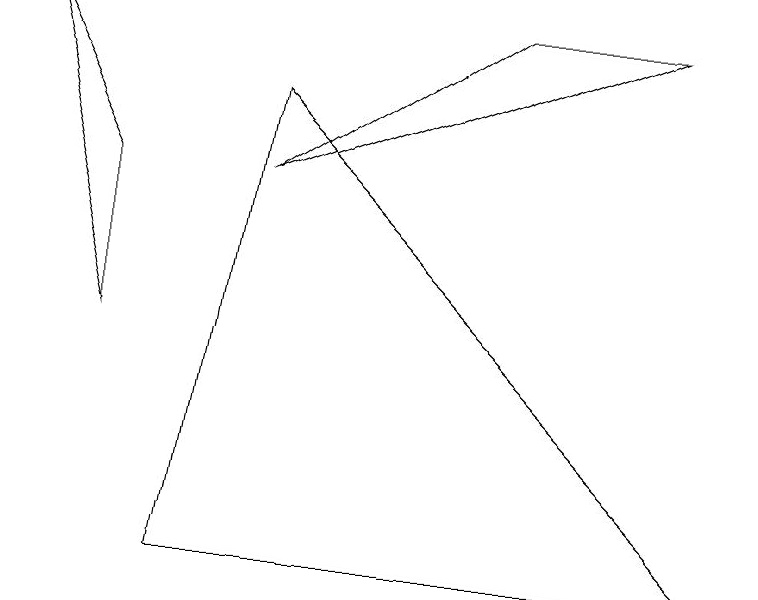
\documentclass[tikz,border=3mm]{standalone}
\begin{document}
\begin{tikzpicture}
\draw (2,0) -- (3,6) -- (9,0) -- cycle;
\draw (8,7) -- (3,5) -- (6,7) -- cycle;
\draw (1,3) -- (1,5) -- (0,7) -- cycle;
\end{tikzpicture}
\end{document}